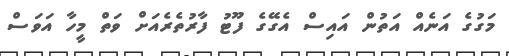
މަގުގެ އަނެއް އަތުން އައިސް އެގޭގެ ފޫޓު ފާރުތެރެއަށް ވަތް މީހާ އަވަސް